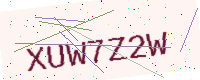
Text: XUW7Z2W